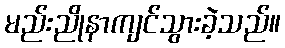
မည်းညိုနာကျင်သွားခဲ့သည်။